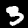
Digit: 3